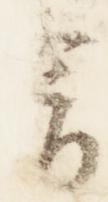
言